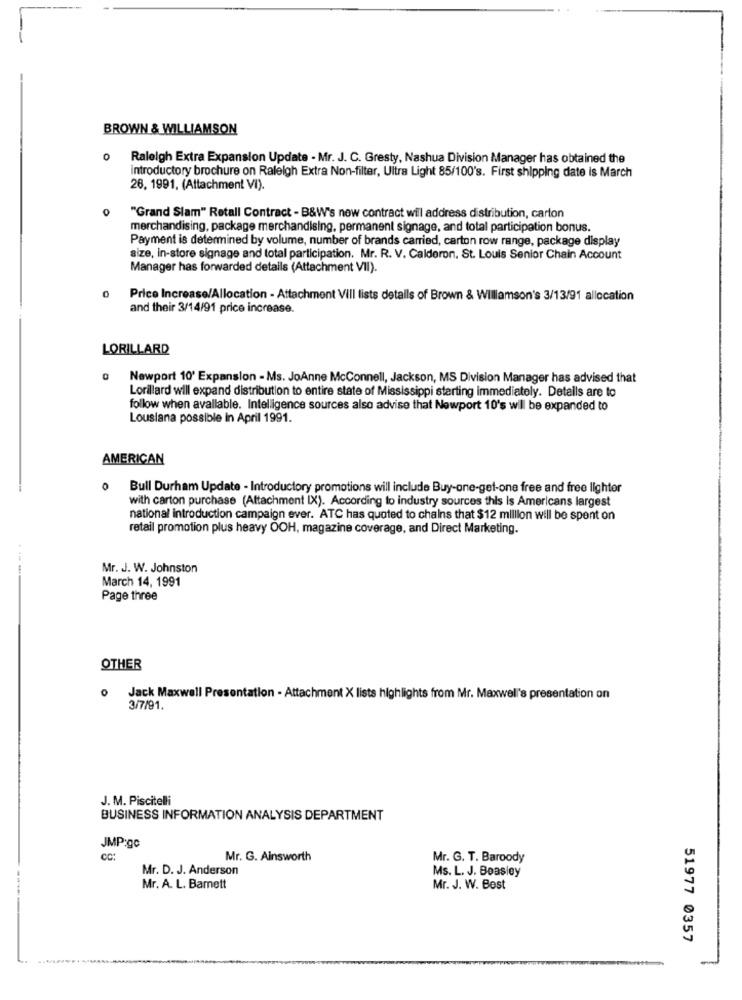
BROWN & WILLIAMSON
0
Raleigh Extra Expansion Update - Mr. J. C. Gresty, Nashua Division Manager has obtained the
introductory brochure on Raleigh Extra Non-filter, Ultra Light 85/100's. First shipping date is March
26. 1991. (Attachment VI).
"Grand Slam" Retall Contract - B&W's now contract will address distribution, carton
merchandising, package merchandising, permanent signage, and total participation bonus.
Payment is determined by volume, number of brands carried, carton row range, package display
size, in-store signage and total participation. Mr. R. V. Calderon, St. Louis Senior Chain Account
Manager has forwarded details (Attachment VII).
0
Price Increase/Allocation - Attachment Vill lists details of Brown & Willamson's 3/13/91 allocation
and their 3/14/91 price increase.
LORILLARD
0
Newport 10' Expansion - Ms. JoAnne McConnell, Jackson, MS Division Manager has advised that
Lorillard will expand distribution to entire state of Mississippi starting immediately. Detalls are to
follow when avallable. Intelligence sources also advise that Newport 10's will be expanded to
Lousiana possible in April 1991.
AMERICAN
0
Bull Durham Update - Introductory promotions will include Buy-one-get-one free and free lighter
with carton purchase (Attachment IX). According to industry sources this is Americans largest
national introduction campaign ever. ATC has quoted to chains that $12 million will be spent on
retail promotion plus heavy OOH, magazine coverage, and Direct Marketing.
----
Mr. J. W. Johnston
March 14, 1991
Page three
OTHER
Jack Maxwell Presentation - Attachment X lists highlights from Mr. Maxwell's presentation on
3/7/91.
J. M. Piscitelli
BUSINESS INFORMATION ANALYSIS DEPARTMENT
JMP:gc
CC:
Mr. G. Ainsworth
Mr. G. T. Baroody
Mr. D. J. Anderson
Ms. L. J. Beasley
Mr. A. L. Bamett
Mr. J. W. Best
51977 0357